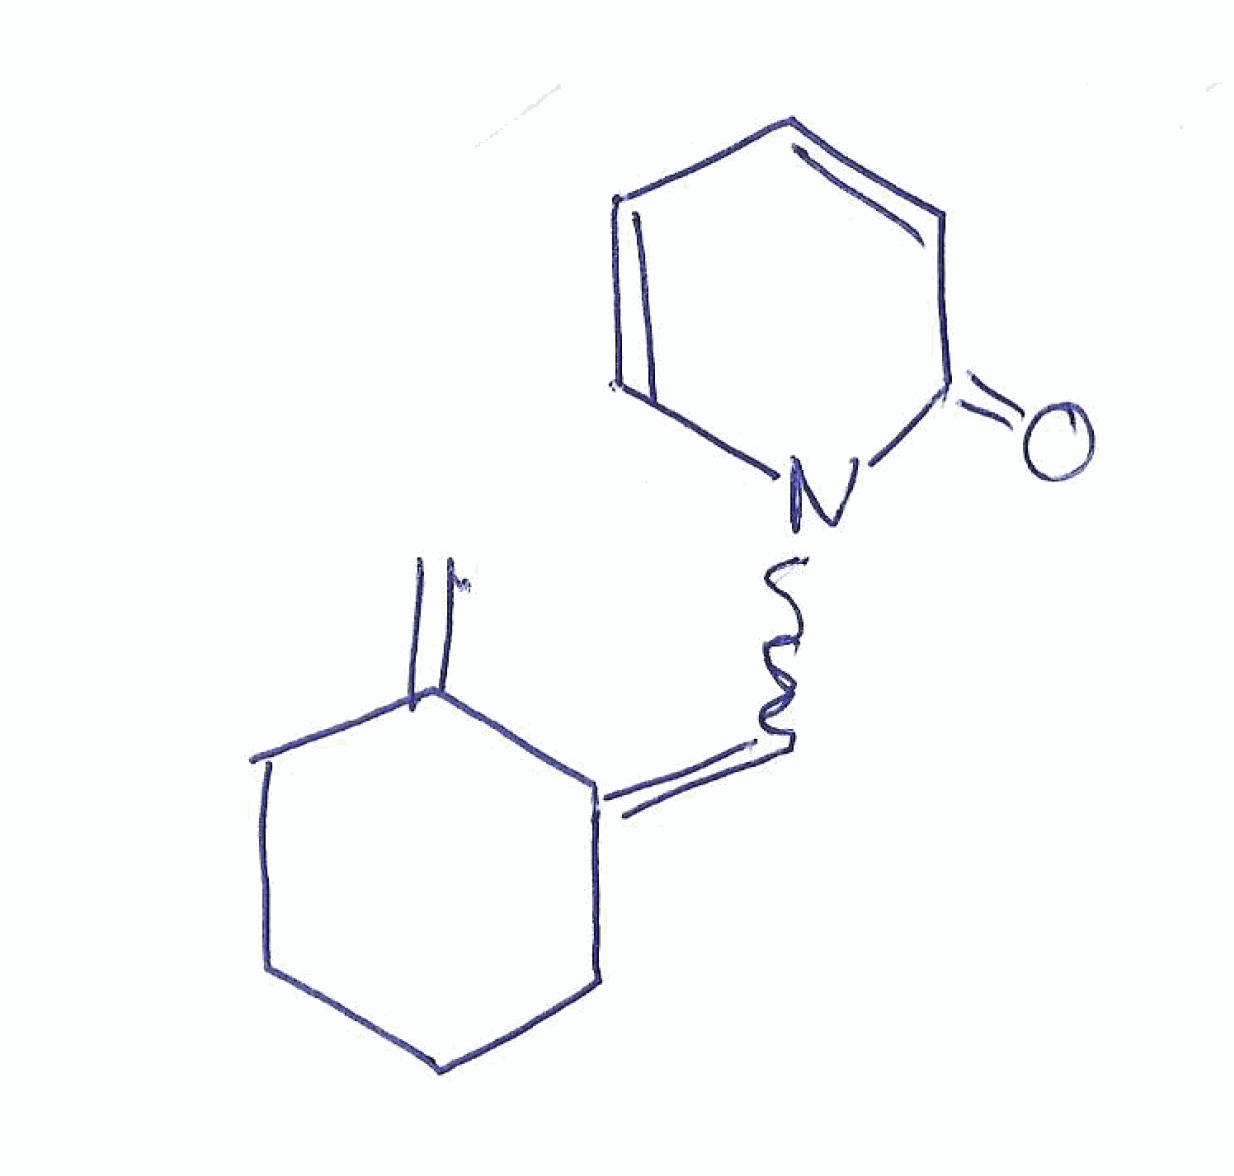
Simplified molecular-input line-entry system (SMILES) notation of the given molecule:
C=C\1CCCC/C1=C/N2C=CC=CC2=O